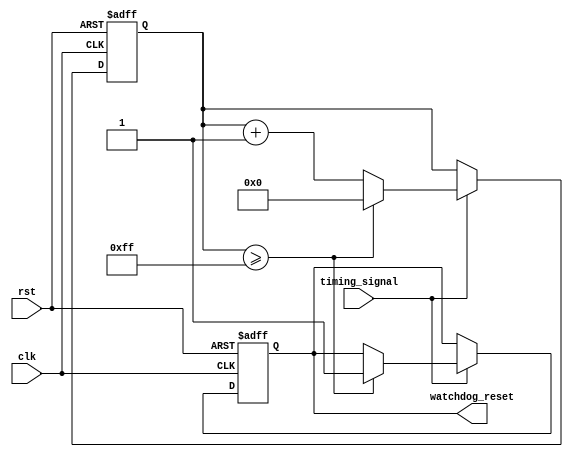
module watchdog_timer (
  input clk,
  input rst,
  input timing_signal,
  output reg watchdog_reset
);

reg [7:0] timer_count;

always @(posedge clk or posedge rst) begin
  if (rst) begin
    timer_count <= 8'b0;
    watchdog_reset <= 1'b0;
  end else begin
    if (timing_signal) begin
      timer_count <= timer_count + 1;
      if (timer_count >= 8'hFF) begin
        watchdog_reset <= 1'b1;
        timer_count <= 8'b0;
      end
    end
  end
end

endmodule